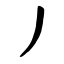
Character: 丿